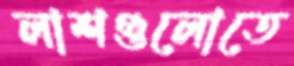
লাশগুলোতে